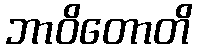
ဘာဝိတောတိ